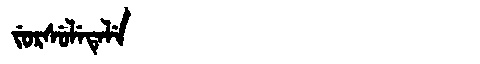
Manchu: ᠵᡠᡵᠰᡠᠯᡝᡨᡝᠯᡝ
Romanization: JURSULETELE